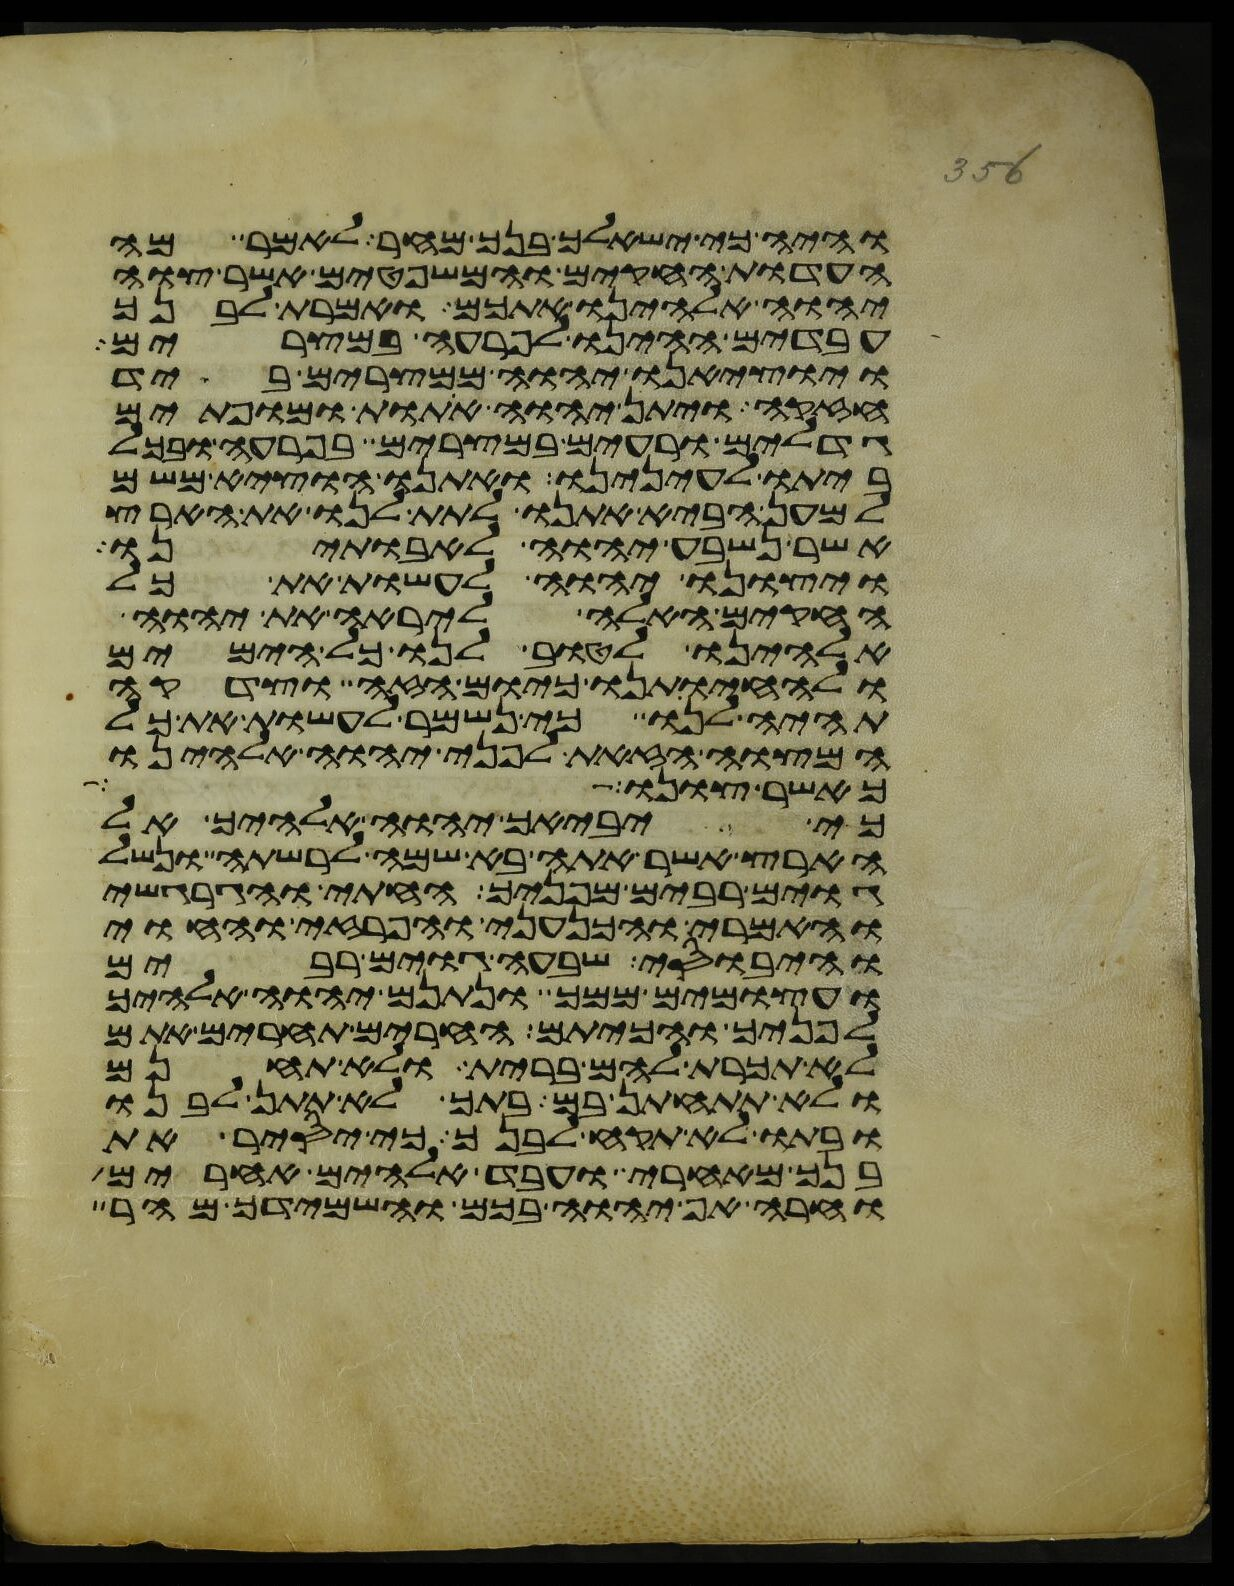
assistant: והיה כי ישאלך בנך מחר לאמר מה
העדות החקים והמשפטים אשר צוה
יהוה אלהינו אתכם ואמרת לבנך
עבדים היינו לפרעה במצרים
ויוציאנו יהוה ממצרים ביד
חזקה ויתן יהוה אתות ומופתים
גדלים ורעים במצרים בפרעה ובכל
ביתו לעינינו ואתנו הוציא משם
למען הביא אתנו לתת לנו את הארץ
אשר נשבע יהוה לאבתינו
ויצונו יהוה לעשות את כל
החקים האלה ליראה את יהוה
אלהינו לטוב לנו כל הימים
ולהחיותנו כיום הזה וצדקה
תהיה לנו כי נשמר לעשות את כל
המצוה הזאת לפני יהוה אלהינו
כאשר צונו
כי יביאך יהוה אלהיך אל
הארץ אשר אתה בא שמה לרשתה ונשל
גוים רבים מפניך החתי והגרגשי
והאמרי והכנעני והפרזי והחוי
והיבוסי שבעה גוים רבים
ועצמים ממך ונתנם יהוה אלהיך
לפניך והכיתם החרים תחרים אתם
לא תכרת להם ברית ולא תחנם
ולא תתחתן בם בתך לא תתן לבנו
ובתו לא תקח לבנך כי יסיר את
בנך מאחרי ועבד אלהים אחרים
וחרה אף יהוה בכם והשמידך מהר